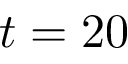
t = 2 0